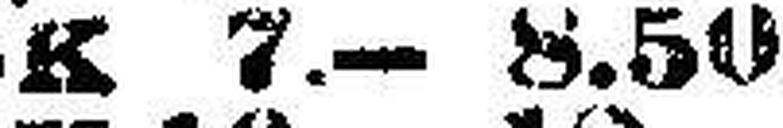
K 7.—8.50